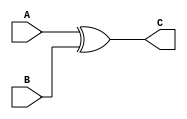
module XOR_G(A,B,C);
input A,B;
output C;
assign C= A^B;

endmodule